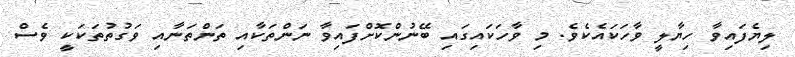
ލިޔެފައިވާ ހިޔާލީ ވާހަކައެކެވެ. މި ވާހަކައިގައި ބޭނުންކޮށްފައިވާ ނަންތަކާއި ތަންތަނާއި ވަގުތުތަކަކީ ވެސް